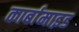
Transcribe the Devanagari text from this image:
कार्बामाइड